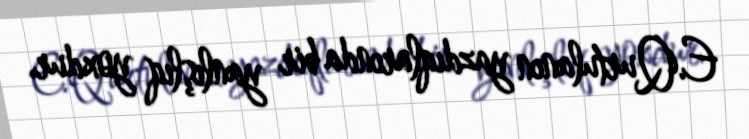
E.Qurtulanın yazdıqlarında bir yanlışlıq yoxdur.